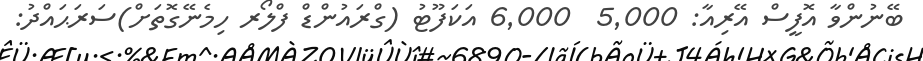
ބޭނުންވާ އޮފީސް އޭރިއާ: 5